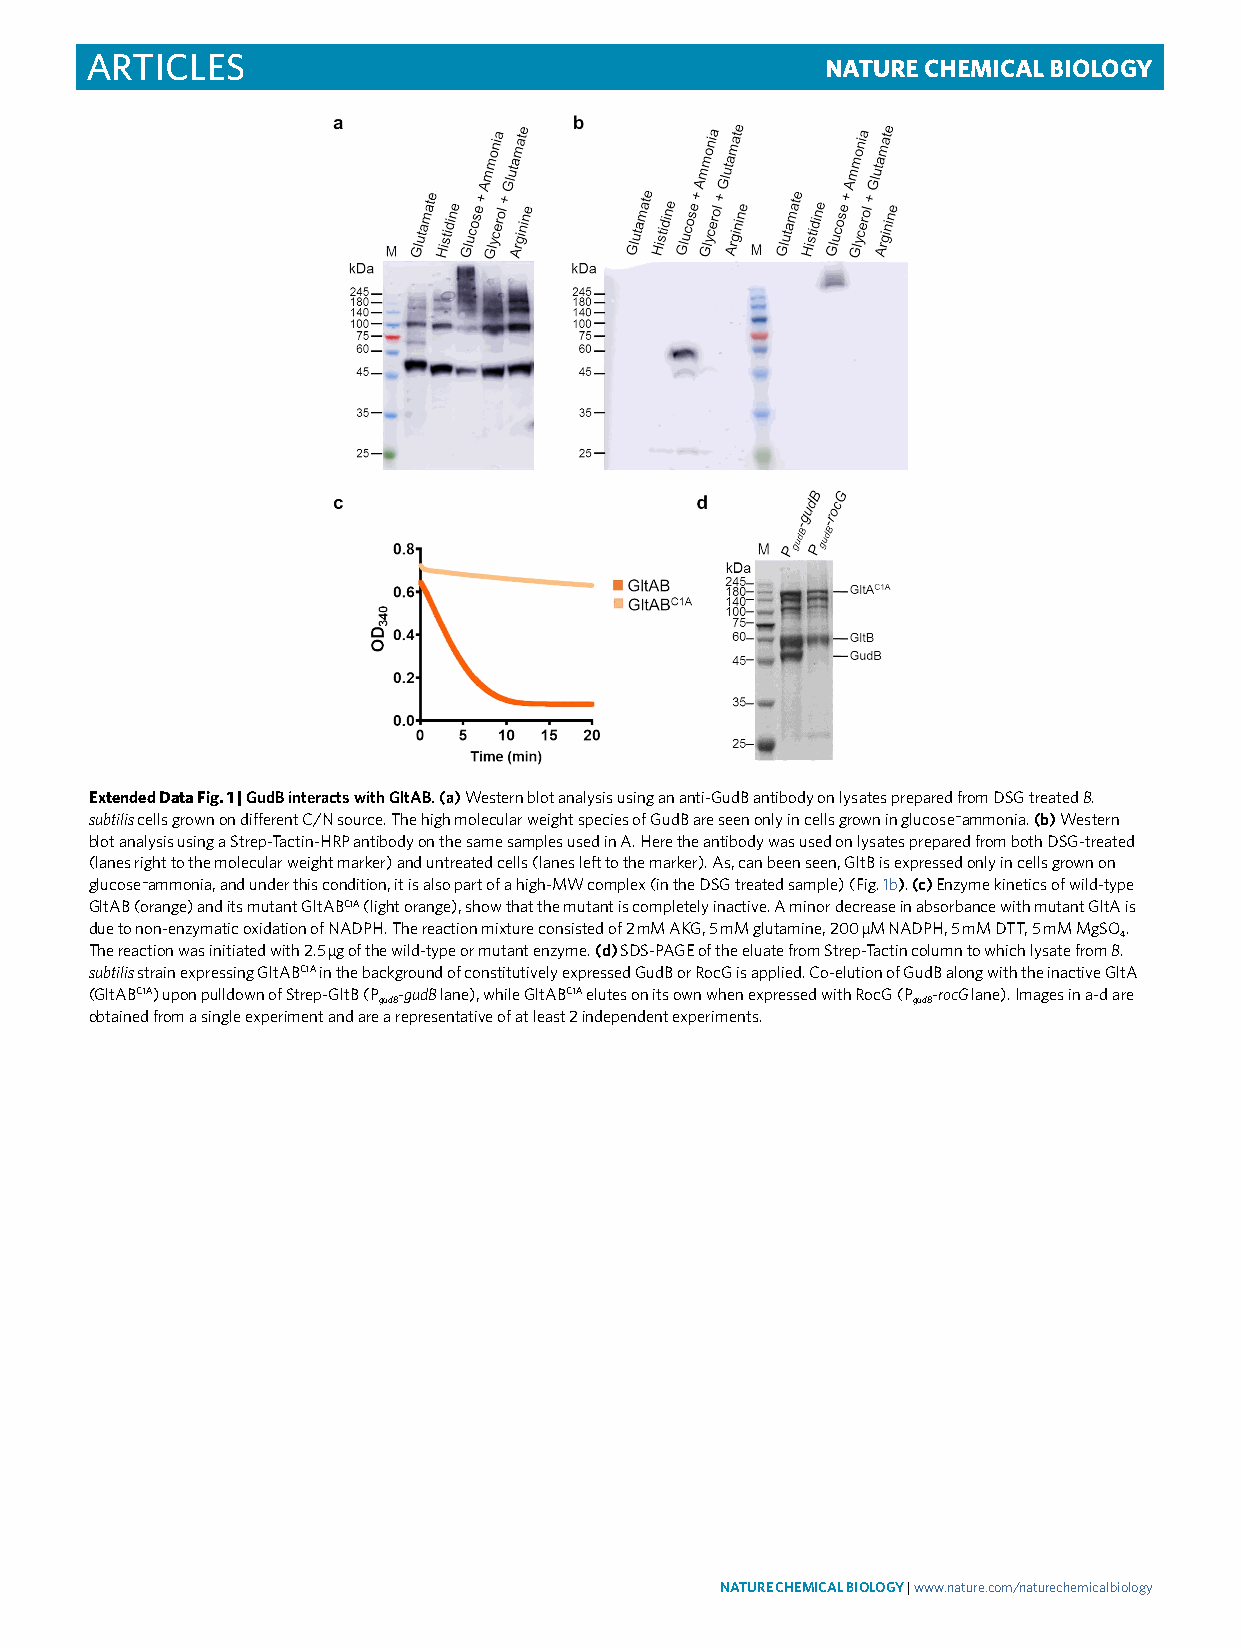
Articles                                         Nature ChemiCal Biology
 Extended Data Fig. 1 | gudB interacts with gltAB. (a) Western blot analysis using an anti-GudB antibody on lysates prepared from DSG treated B.
 subtilis cells grown on different C/N source. The high molecular weight species of GudB are seen only in cells grown in glucose−ammonia. (b) Western
 blot analysis using a Strep-Tactin-HRP antibody on the same samples used in A. Here the antibody was used on lysates prepared from both DSG-treated
 (lanes right to the molecular weight marker) and untreated cells (lanes left to the marker). As, can been seen, GltB is expressed only in cells grown on
 glucose−ammonia, and under this condition, it is also part of a high-MW complex (in the DSG treated sample) (Fig. 1b). (c) Enzyme kinetics of wild-type
 GltAB (orange) and its mutant GltABC1A (light orange), show that the mutant is completely inactive. A minor decrease in absorbance with mutant GltA is
 due to non-enzymatic oxidation of NADPH. The reaction mixture consisted of 2 mM AKG, 5 mM glutamine, 200 µM NADPH, 5 mM DTT, 5 mM MgSO 4.
 The reaction was initiated with 2.5 µg of the wild-type or mutant enzyme. (d) SDS-PAGE of the eluate from Strep-Tactin column to which lysate from B.
 subtilis strain expressing GltABC1A in the background of constitutively expressed GudB or RocG is applied. Co-elution of GudB along with the inactive GltA
 (GltABC1A) upon pulldown of Strep-GltB (P -gudB lane), while GltABC1A elutes on its own when expressed with RocG (P -rocG lane). Images in a-d are
 gudB                               gudB
 obtained from a single experiment and are a representative of at least 2 independent experiments.
 NATurE ChEMiCAL BioLogy | www.nature.com/naturechemicalbiology